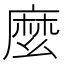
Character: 麼